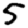
Digit: 5